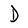
Character: D